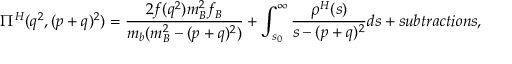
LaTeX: \Pi ^ { H } ( q ^ { 2 } , ( p + q ) ^ { 2 } ) = \frac { 2 f ( q ^ { 2 } ) m _ { B } ^ { 2 } f _ { B } } { m _ { b } ( m _ { B } ^ { 2 } - ( p + q ) ^ { 2 } ) } + \int _ { s _ { 0 } } ^ { \infty } \frac { \rho ^ { H } ( s ) } { s - ( p + q ) ^ { 2 } } d s + s u b t r a c t i o n s ,